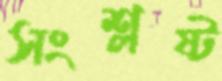
সংশ্লষ্ট